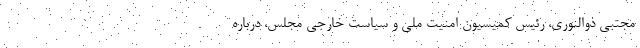
مجتبی ذوالنوری، رئیس کمیسیون امنیت ملی و سیاست خارجی مجلس، درباره